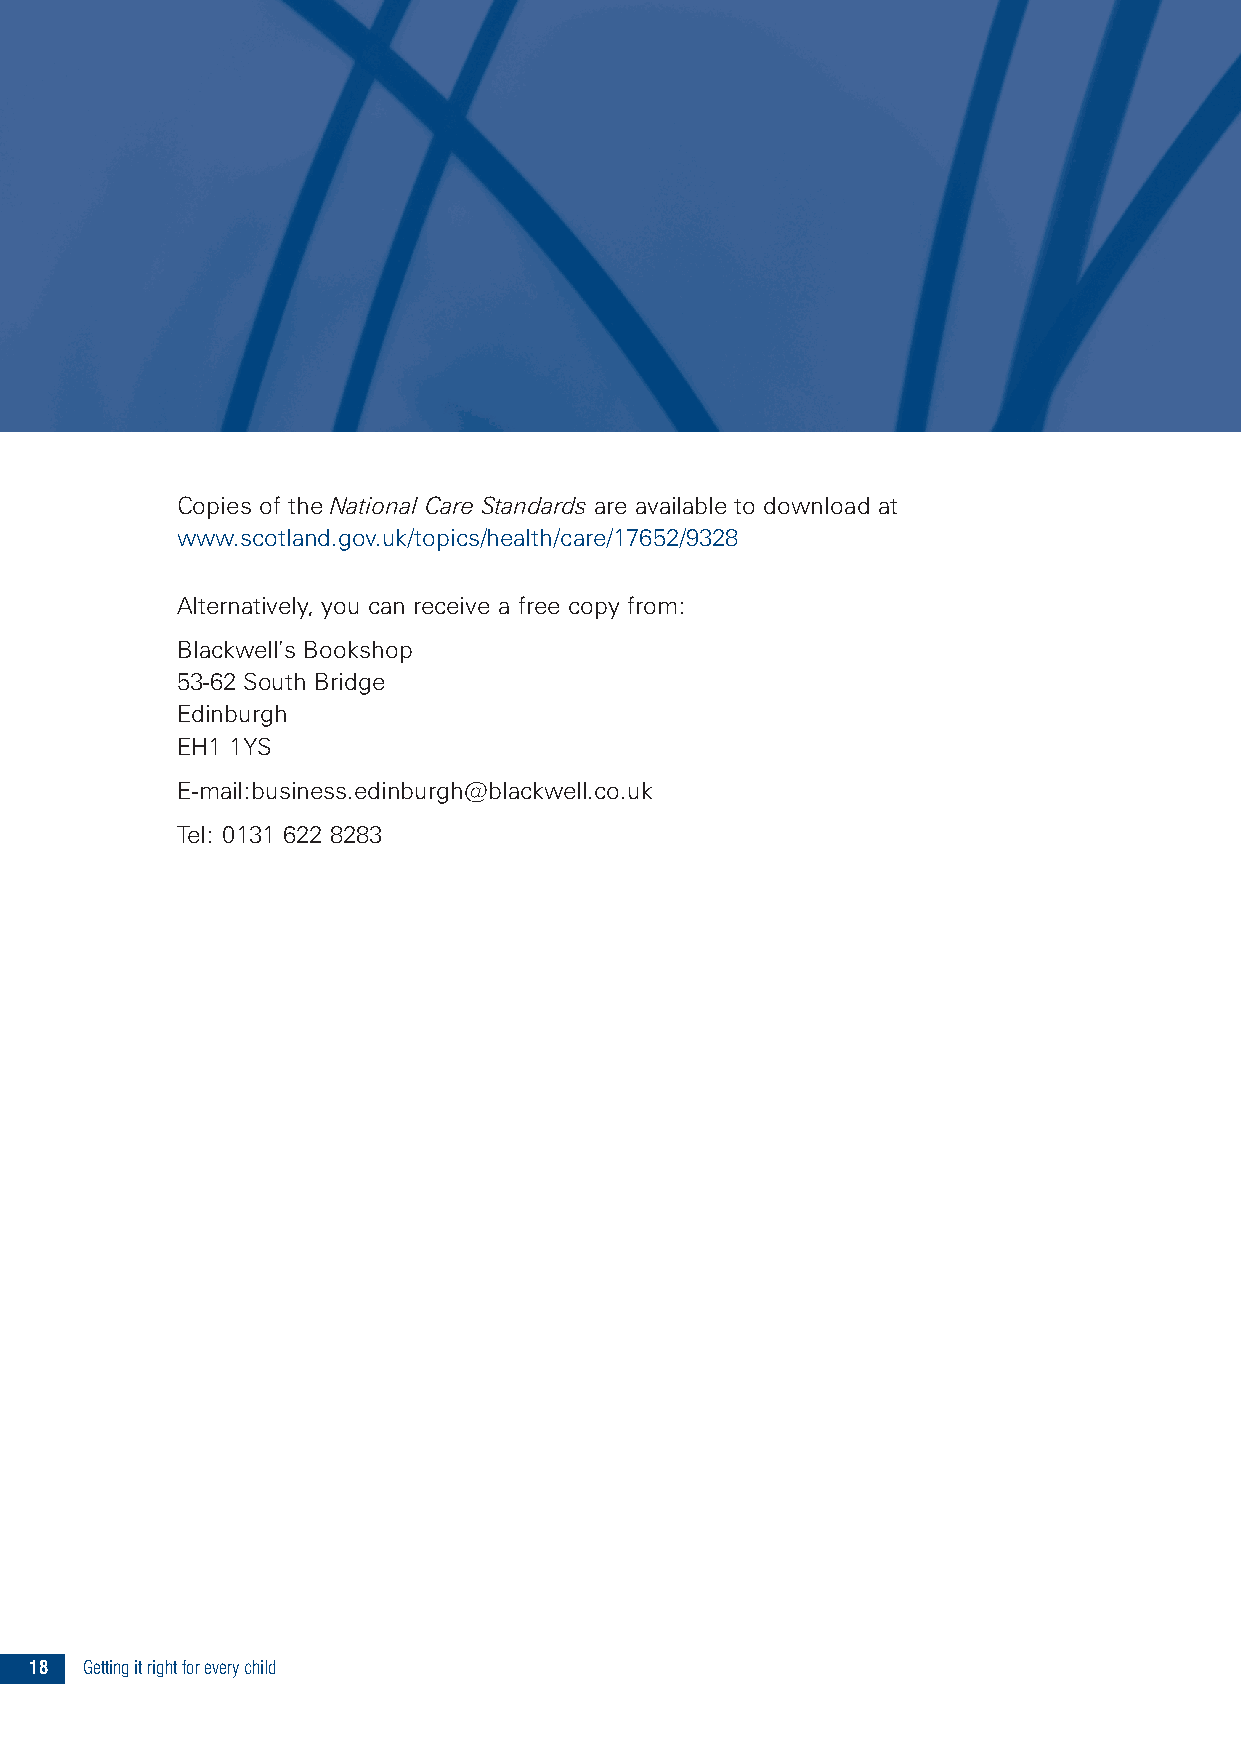
Copies of the National Care Standards are available to download at
 www.scotland.gov.uk/topics/health/care/17652/9328
 Alternatively, you can receive a free copy from:
 Blackwell’s Bookshop
 53-62 South Bridge
 Edinburgh
 EH1 1YS
 E-mail:business.edinburgh@blackwell.co.uk
 Tel: 0131 622 8283
 18 Gettingitrightforeverychild